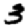
Digit: 3